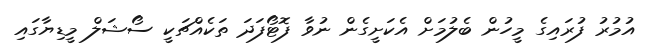
އުމުރު ފުރައިގެ މީހުން ބެލުމަށް އެކަށީގެން ނުވާ ފޮޓޯފަދަ ތަކެއްޗަކީ ސޯޝަލް މީޑިޔާގައި